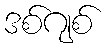
ဒစ်ဂျစ်